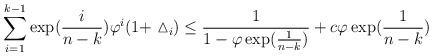
LaTeX: \begin{align*}\sum_{i=1}^{k-1} \exp(\frac{i}{n-k} ) \varphi^i(1+ \vartriangle_i) \leq \frac{1}{1- \varphi \exp( \frac{1}{n-k} ) } + c \varphi \exp(\frac{1}{n-k})\end{align*}